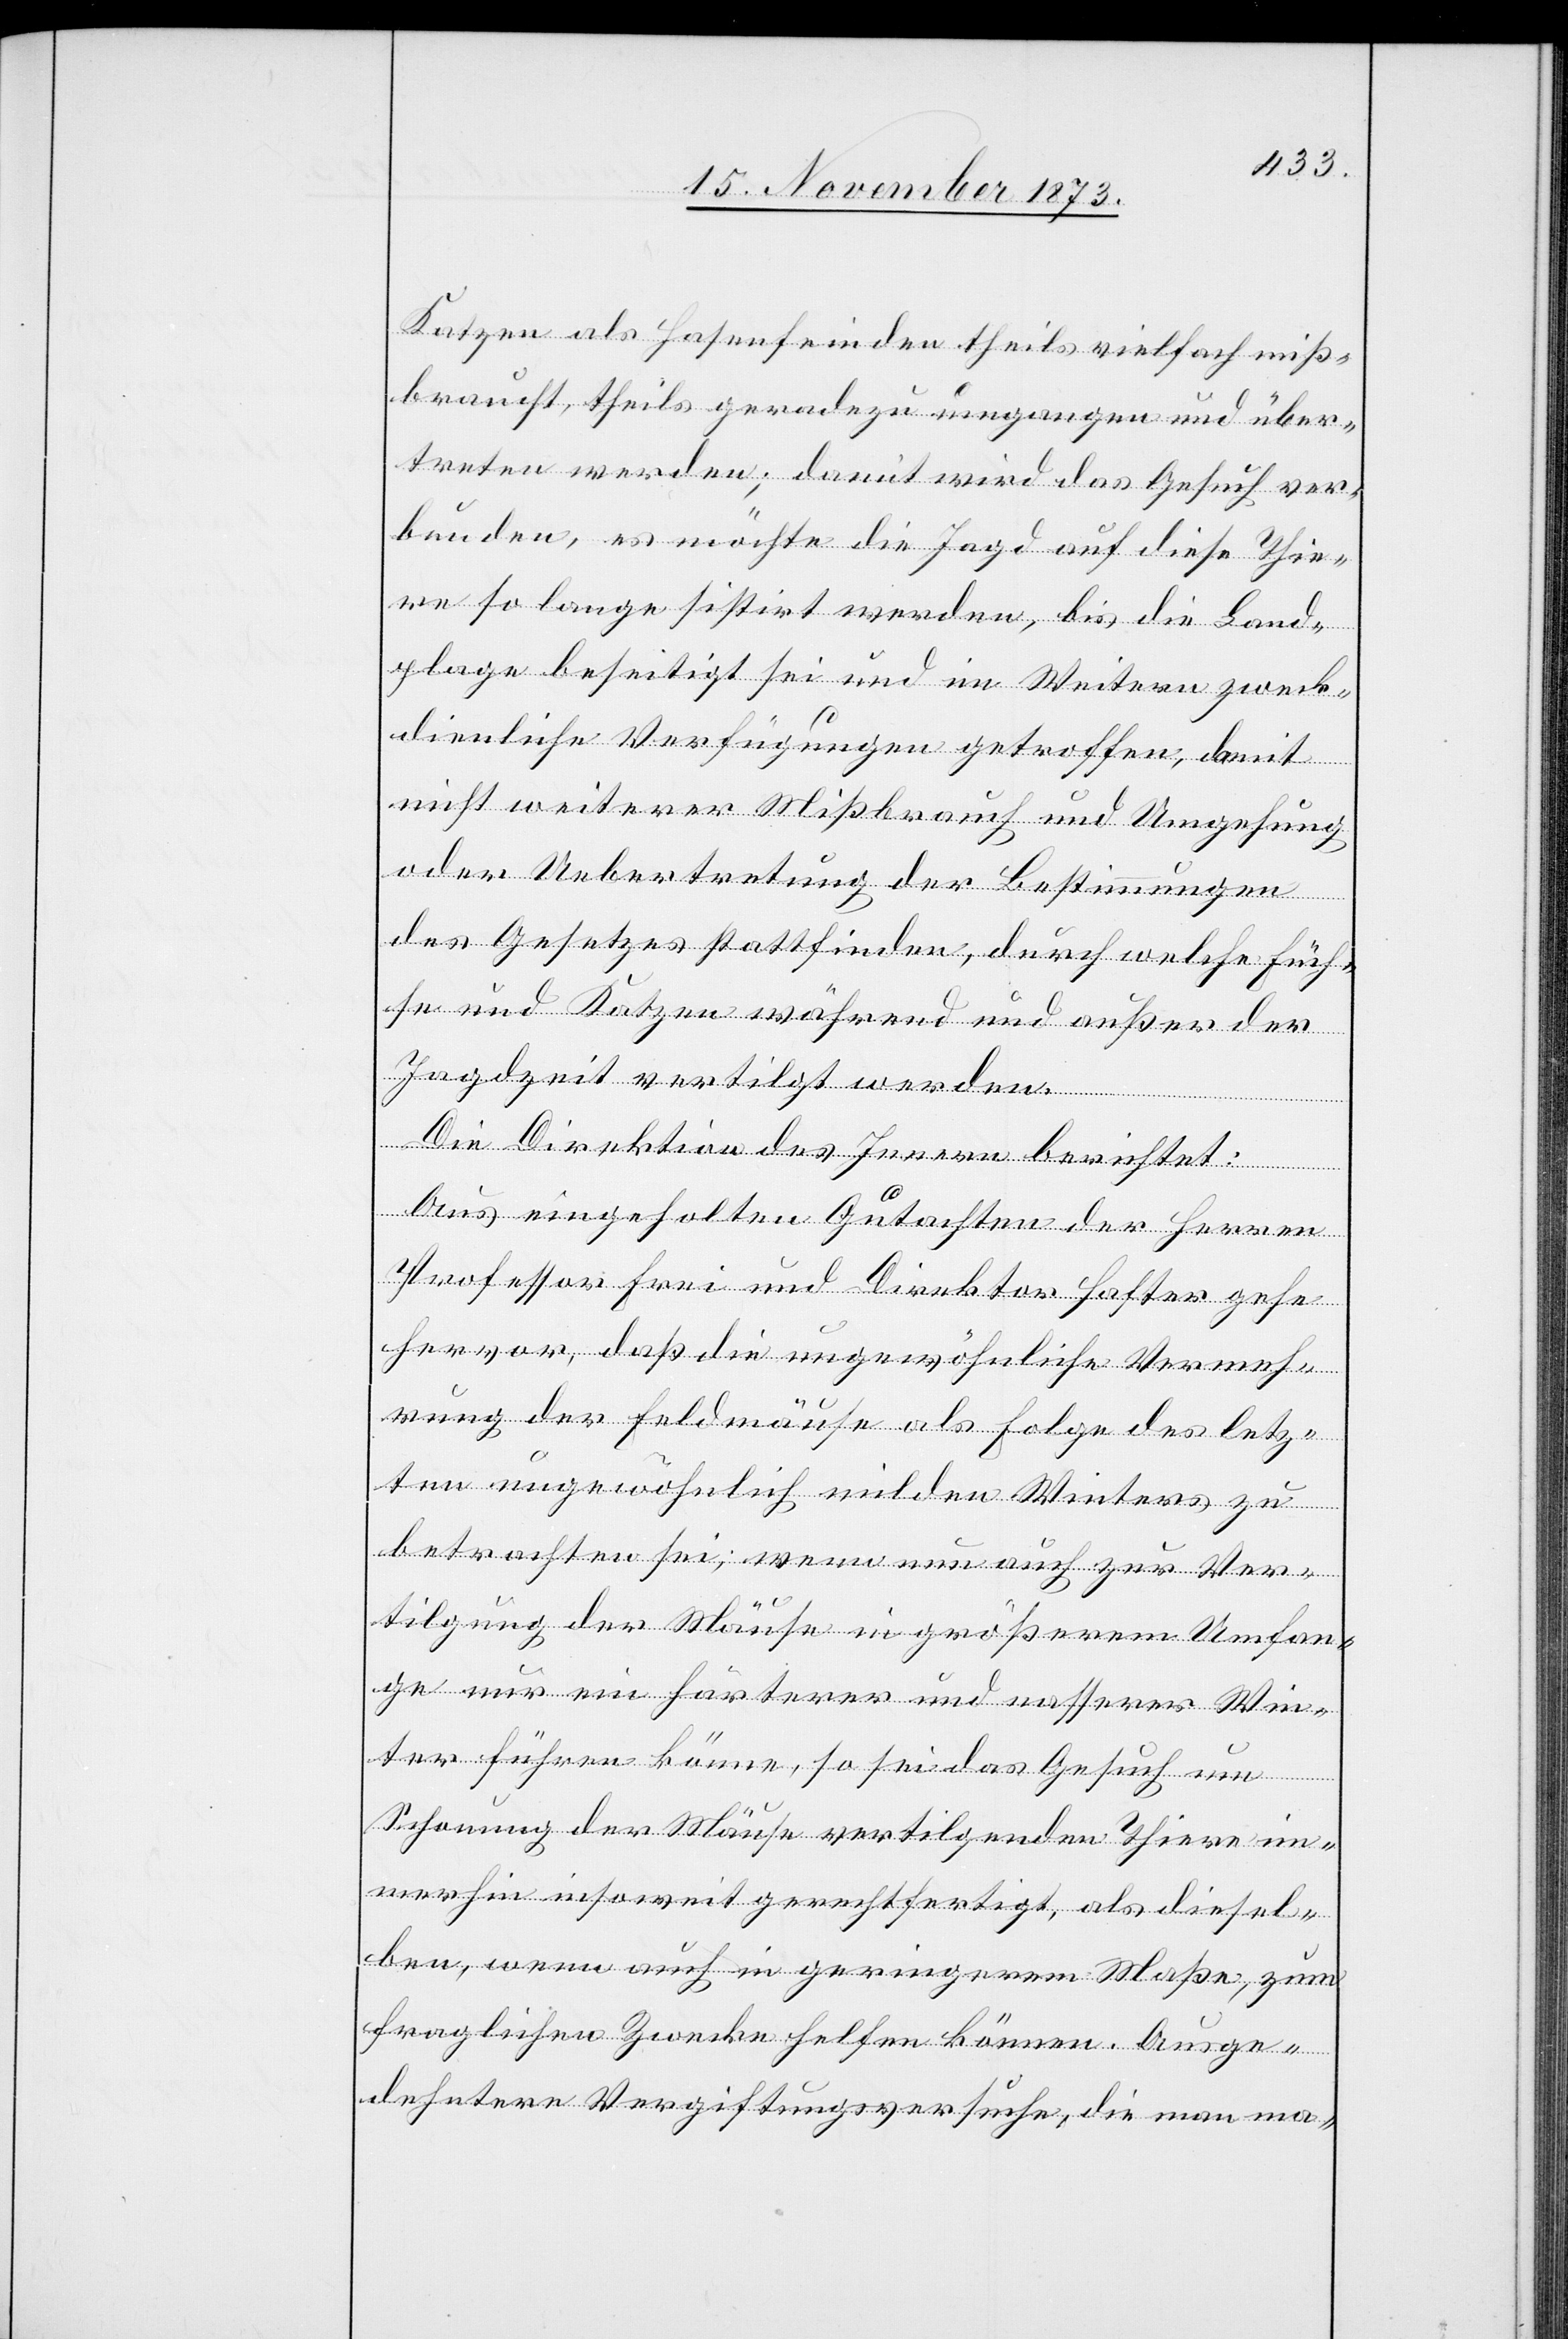
Katzen als Hasenfeinden theils vielfach miß¬
braucht, theils geradezu umgangen und über¬
treten werden; damit wird das Gesuch ver¬
bunden, es möchte die Jagd auf diese Thie¬
re so lange sistirt werden, bis die Land¬
plage beseitigt sei und im Weitern zweck¬
dienliche Verfügungen getroffen, damit
nicht weiterer Mißbrauch und Umgehung
oder Uebertretung der Bestimmungen
des Gesetzes stattfinden, durch welche Füch¬
se und Katzen während und außer der
Jagdzeit vertilgt werden.
Die Direktion des Innern berichtet:
Aus eingeholten Gutachten der Herren
Professor Frei und Direktor Hafter gehe
hervor, daß die ungewöhnliche Vermeh¬
rung der Feldmäuse als Folge des letz¬
ten ungewöhnlich milden Winters zu
betrachten sei; wenn nun auch zur Ver¬
tilgung der Mäuse in größerem Umfan¬
ge nur ein härterer und nasserer Win¬
ter führen könne, so sei das Gesuch um
Schonung der Mäuse vertilgenden Thiere im¬
merhin insoweit gerechtfertigt, als diesel¬
ben, wenn auch in geringerem Maße, zum
fraglichen Zwecke helfen können. Ausge¬
dehntere Vergiftungsversuche, die man ma-